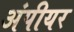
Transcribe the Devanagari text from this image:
अंपीयर